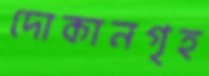
দোকানগৃহ